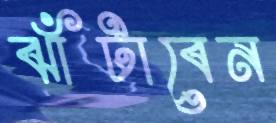
ঝাঁটাবেন